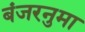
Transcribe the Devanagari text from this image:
बंजरनुमा